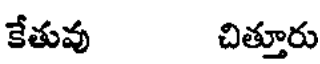
కేతువు చిత్తూరు